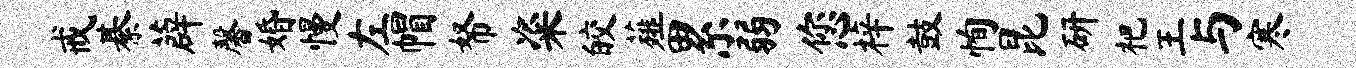
戒綦薜馨婚慢左帽帑粢皎薤累弱您梓鼓恂昆研杷王与寒